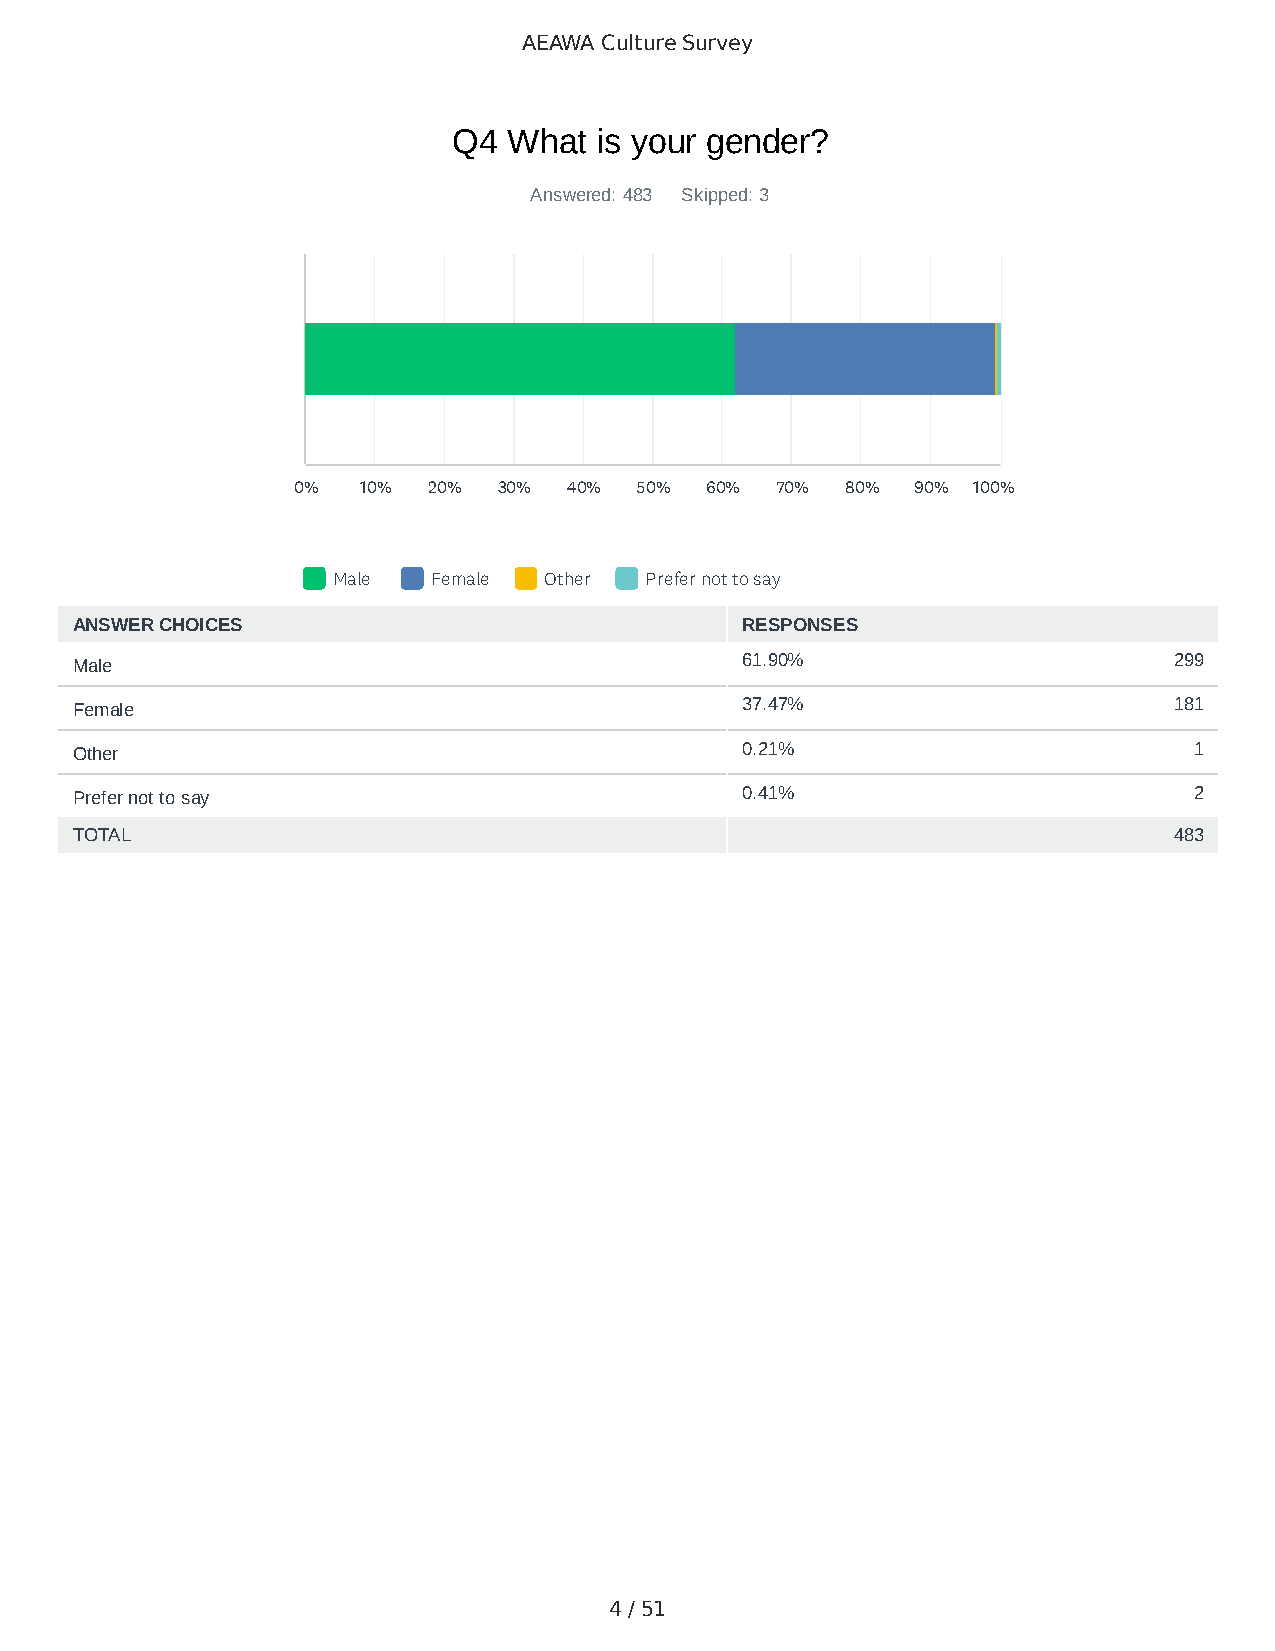
AEAWA Culture Survey
 Q4  What  is your gender?
 Answered: 483 Skipped: 3
 0%   10% 20%  30%  40% 50%  60% 70%  80%  90% 100%
 Male   Female Other  Prefer not to say
 ANSWER CHOICES                              RESPONSES
 Male                                        61.90%                       299
 Female                                      37.47%                       181
 Other                                       0.21%                         1
 Prefer not to say                           0.41%                         2
 TOTAL                                                                    483
 4 / 51